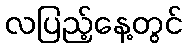
လပြည့်နေ့တွင်